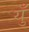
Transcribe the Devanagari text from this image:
युँ